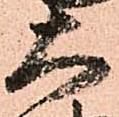
大